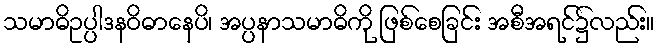
သမာဓိဥပ္ပါဒနဝိဓာနေပိ၊ အပ္ပနာသမာဓိကို ဖြစ်စေခြင်း အစီအရင်၌လည်း။